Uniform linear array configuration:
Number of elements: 12
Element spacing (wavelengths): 0.25
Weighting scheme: hann
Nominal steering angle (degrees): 30
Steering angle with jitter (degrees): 30.547
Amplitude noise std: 0.05
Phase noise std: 0.05

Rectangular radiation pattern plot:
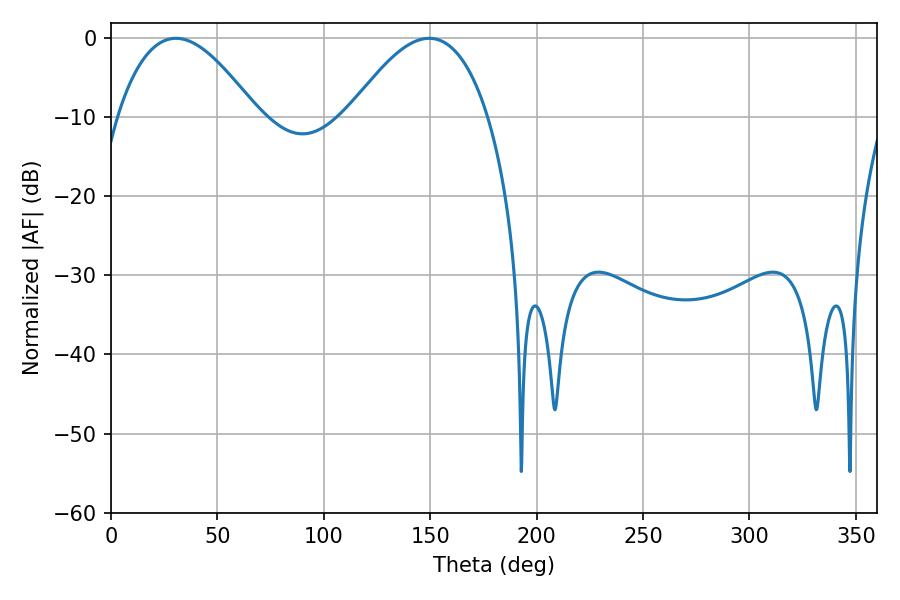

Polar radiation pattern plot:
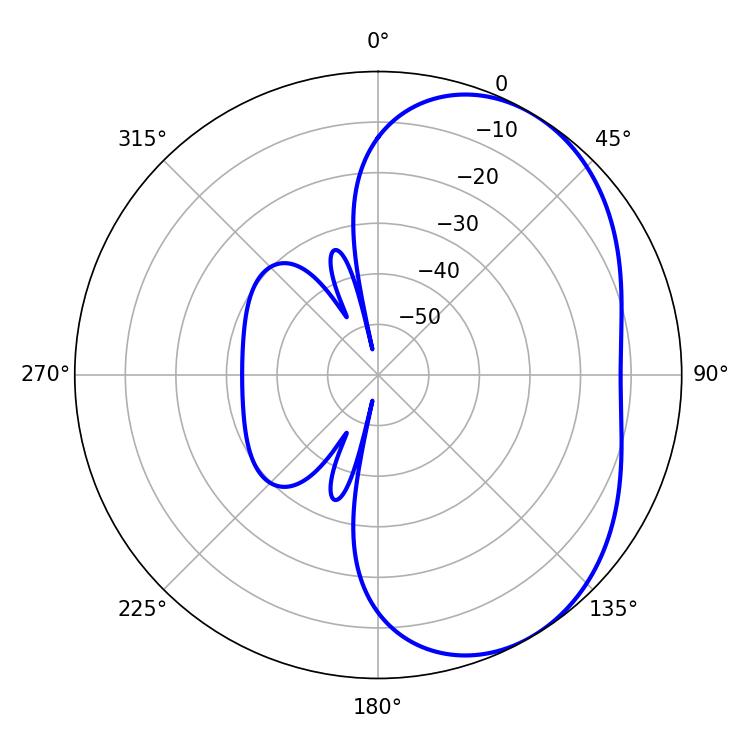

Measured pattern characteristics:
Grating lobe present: FALSE
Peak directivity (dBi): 4.185
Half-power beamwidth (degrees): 35.82
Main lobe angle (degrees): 30.42